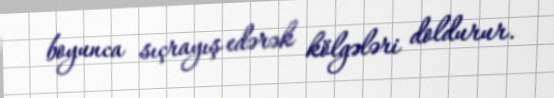
boyunca sıçrayış edərək kölgələri doldurur.